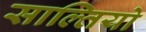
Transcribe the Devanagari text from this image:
साल्तियो